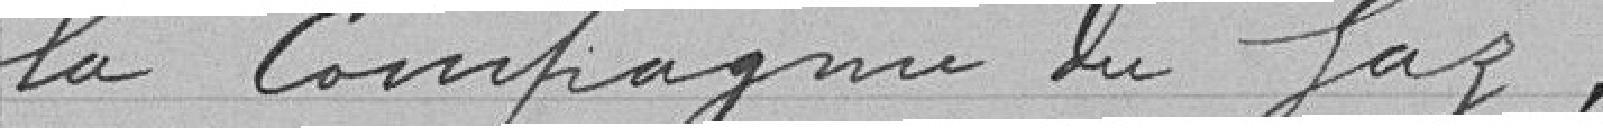
la Compagnie de Gaz